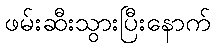
ဖမ်းဆီးသွားပြီးနောက်